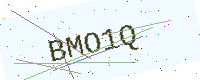
Text: BMO1Q